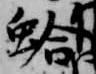
蛤